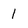
Character: 1